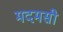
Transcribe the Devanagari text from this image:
मदमसी